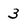
Character: 3